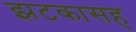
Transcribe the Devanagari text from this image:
झटकासह